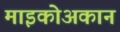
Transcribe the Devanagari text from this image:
माइकोअकान